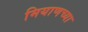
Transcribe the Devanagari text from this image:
मियाणच्या